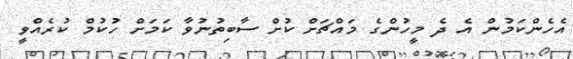
އެހެންކަމުން އެ ދެ މީހުންގެ މައްޗަށް ކުށް ސާބިތުނުވާ ކަމަށް ހުކުމް ކުރެއްވީ